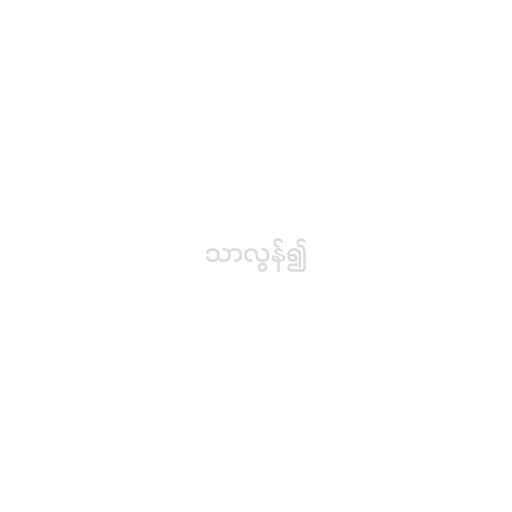
သာလွန်၍